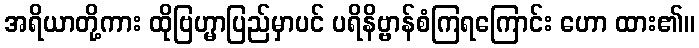
အရိယာတို့ကား ထိုဗြဟ္မာပြည်မှာပင် ပရိနိဗ္ဗာန်စံကြရကြောင်း ဟော ထား၏။